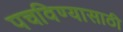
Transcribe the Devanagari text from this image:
पचविण्यासाठी